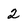
Character: 2